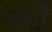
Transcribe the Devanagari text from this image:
रेवेल्री